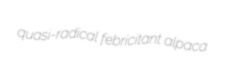
quasi-radical febricitant alpaca